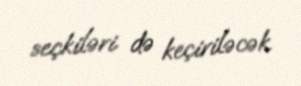
seçkiləri də keçiriləcək.